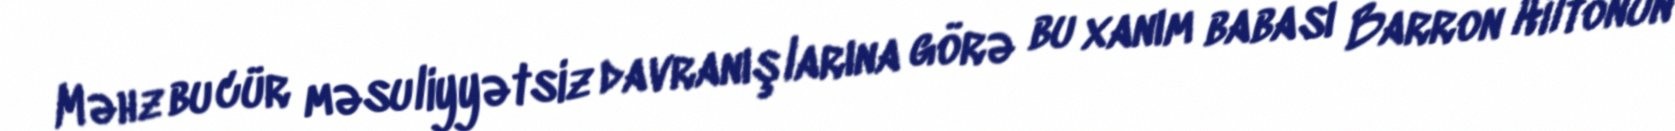
Məhz bu cür məsuliyyətsiz davranışlarına görə bu xanım babası Barron Hiltonun